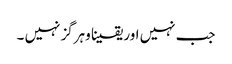
جب نہیں اور یقینا وہرگز نہیں ۔